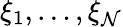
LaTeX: \xi_{1},\dots,\xi_{\mathcal{N}}